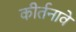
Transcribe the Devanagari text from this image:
कीर्तनावे